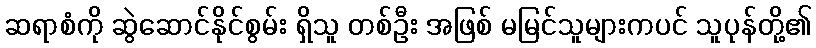
ဆရာစံကို ဆွဲဆောင်နိုင်စွမ်း ရှိသူ တစ်ဦး အဖြစ် မမြင်သူများကပင် သူပုန်တို့၏